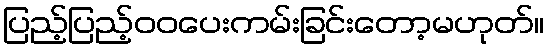
ပြည့်ပြည့်ဝဝပေးကမ်းခြင်းတော့မဟုတ်။